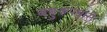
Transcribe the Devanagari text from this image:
बहुरूपधारी